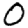
Digit: 0